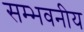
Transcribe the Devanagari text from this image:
सम्भवनीय